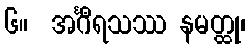
၆။  အင်္ဂီရသဿ နမတ္ထု၊